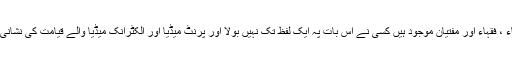
سعودی عرب میں سیکڑوں علماء ، فقہاء اور مفتیان موجود ہیں کسی نے اس بات پہ ایک لفظ تک نہیں بولا اور پرنٹ میڈیا اور الکٹرانک میڈیا والے قیامت کی نشانی کے طور پر شور مچارہے ہیں۔